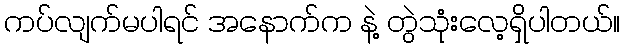
ကပ်လျက်မပါရင် အနောက်က နဲ့ တွဲသုံးလေ့ရှိပါတယ်။